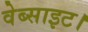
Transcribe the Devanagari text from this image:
वेब्साइट।